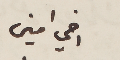
اخي امين